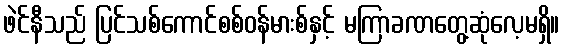
ဖဲင်နီသည် ပြင်သစ်ကောင်စစ်ဝန်မားစ်နှင့် မကြာခဏတွေ့ဆုံလေ့မရှိ။